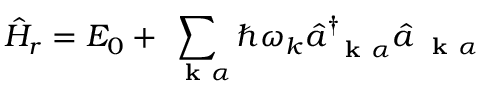
\hat { H } _ { r } = E _ { 0 } + \sum _ { \mathrm { ~ \bf ~ k ~ } \alpha } \hbar \omega _ { k } \hat { a } _ { \mathrm { ~ \bf ~ k ~ } \alpha } ^ { \dagger } \hat { a } _ { \mathrm { ~ \bf ~ k ~ } \alpha }